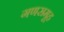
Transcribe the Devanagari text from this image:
गणसमूह